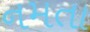
નમતા